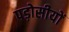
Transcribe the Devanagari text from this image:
पड़ोसीयों